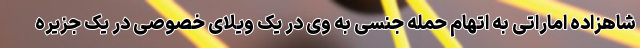
شاهزاده اماراتی به اتهام حمله جنسی به وی در یک ویلای خصوصی در یک جزیره